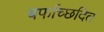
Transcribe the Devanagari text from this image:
बर्फाच्छदित